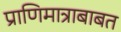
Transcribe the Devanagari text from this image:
प्राणिमात्राबाबत